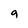
Character: 9